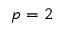
p = 2